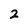
Character: 2